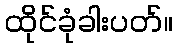
ထိုင်ခုံခါးပတ်။